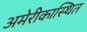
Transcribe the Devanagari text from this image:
अमेरीकास्थित